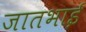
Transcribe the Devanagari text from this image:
जातभाई